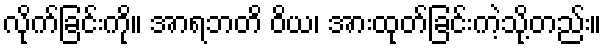
လိုက်ခြင်းကို။ အာရဘတိ ဝိယ၊ အားထုတ်ခြင်းကဲ့သို့တည်း။